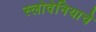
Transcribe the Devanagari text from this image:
स्लोवेनियाचे